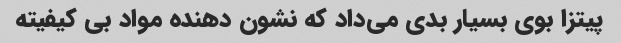
پیتزا بوی بسیار بدی می‌داد که نشون دهنده مواد بی کیفیته